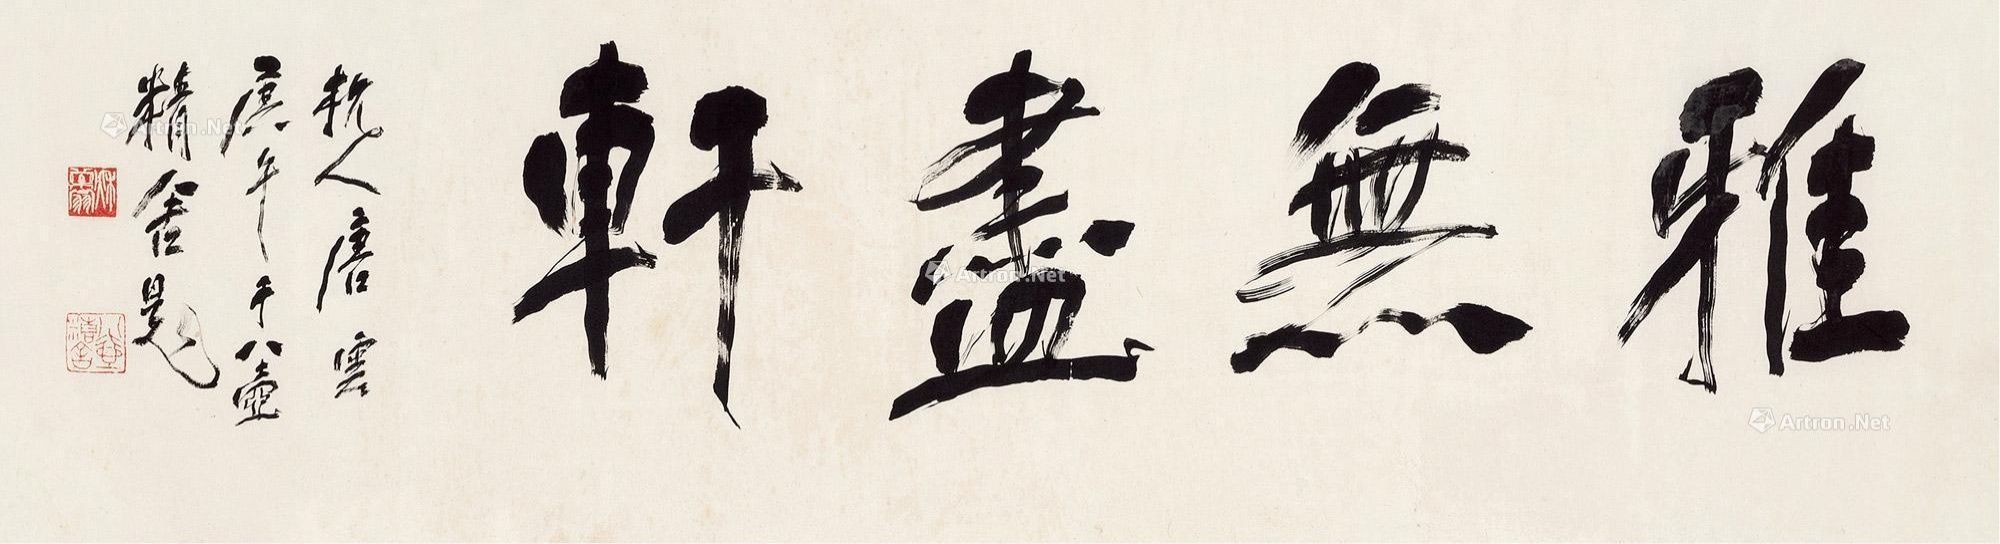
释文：雅无尽轩。杭人唐云，庚午于八壶精舍